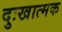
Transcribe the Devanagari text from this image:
दुःखात्मक